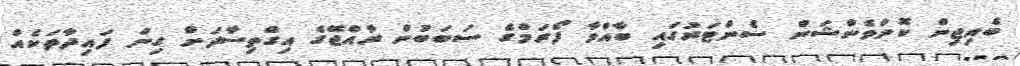
ބެއިޖިން ކޮންވެންޝަން ސެންޓަރުގައި ބާއްވާ ފޯރަމްގެ ސަބަބުން ރާއްޖޭގެ އިގްތިސާދަށް ގިނަ ފައިދާތަކެއް